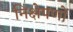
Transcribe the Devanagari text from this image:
निक्षेपणों